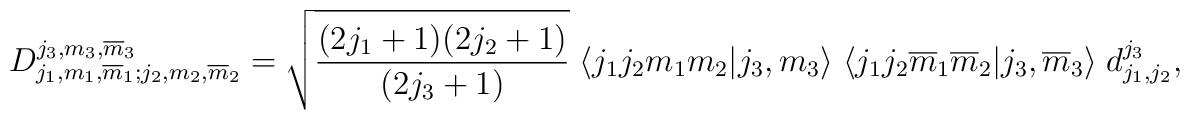
D^{j_{3},m_{3},\overline{m}_{3}}_{j_{1},m_{1},\overline{m}_{1};j_{2},m_{2}, \overline{m}_{2}} =\sqrt{\frac{(2 j_{1} + 1) (2 j_{2} + 1)}{(2 j_{3} + 1)}} \;\langle j_{1} j_{2} m_{1} m_{2} | j_{3},m_{3} \rangle \;\langle j_{1} j_{2} \overline{m}_{1} \overline{m}_{2} | j_{3},\overline{m}_{3} \rangle\; d^{j_{3}}_{j_{1},j_{2}},